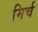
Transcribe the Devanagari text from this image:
मिर्च